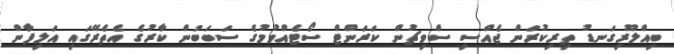
ބިއްލޫރިގަނޑު ތިރިކުރަން ޖެއްސި ސްވިޗުން ކަރަންޓް ސޯޓެއްވުމުގެ ސަބަބުން ކާރުގެ އެތެރޭގައި އަލިފާން